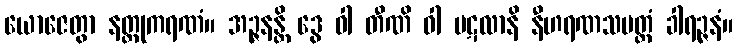
ယောဇေတွာ နတ္ထုကရဏံ။ အဉ္ဇနန္တိ ဒွေ ဝါ တီဏိ ဝါ ပဋလာနိ နီဟရဏသမတ္ထံ ခါရဉ္ဇနံ။